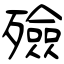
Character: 殮